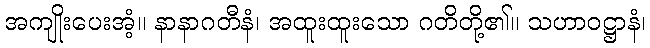
အကျိုးပေးအံ့။ နာနာဂတီနံ၊ အထူးထူးသော ဂတိတို့၏။ သဟာဝဋ္ဌာနံ၊